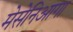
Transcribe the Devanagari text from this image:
मेसेनिआगा